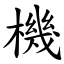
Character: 機